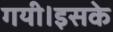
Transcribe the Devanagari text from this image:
गयी।इसके